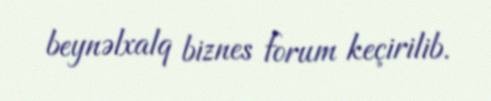
beynəlxalq biznes forum keçirilib.